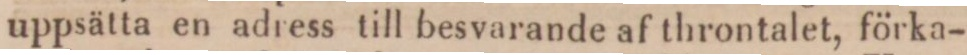
uppsätta en adress till besvarande af throntalet, förka-